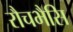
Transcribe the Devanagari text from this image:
रौचभैसि